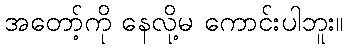
အတော့်ကို နေလို့မ ကောင်းပါဘူး။